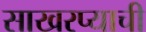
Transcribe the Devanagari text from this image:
साखरप्याची